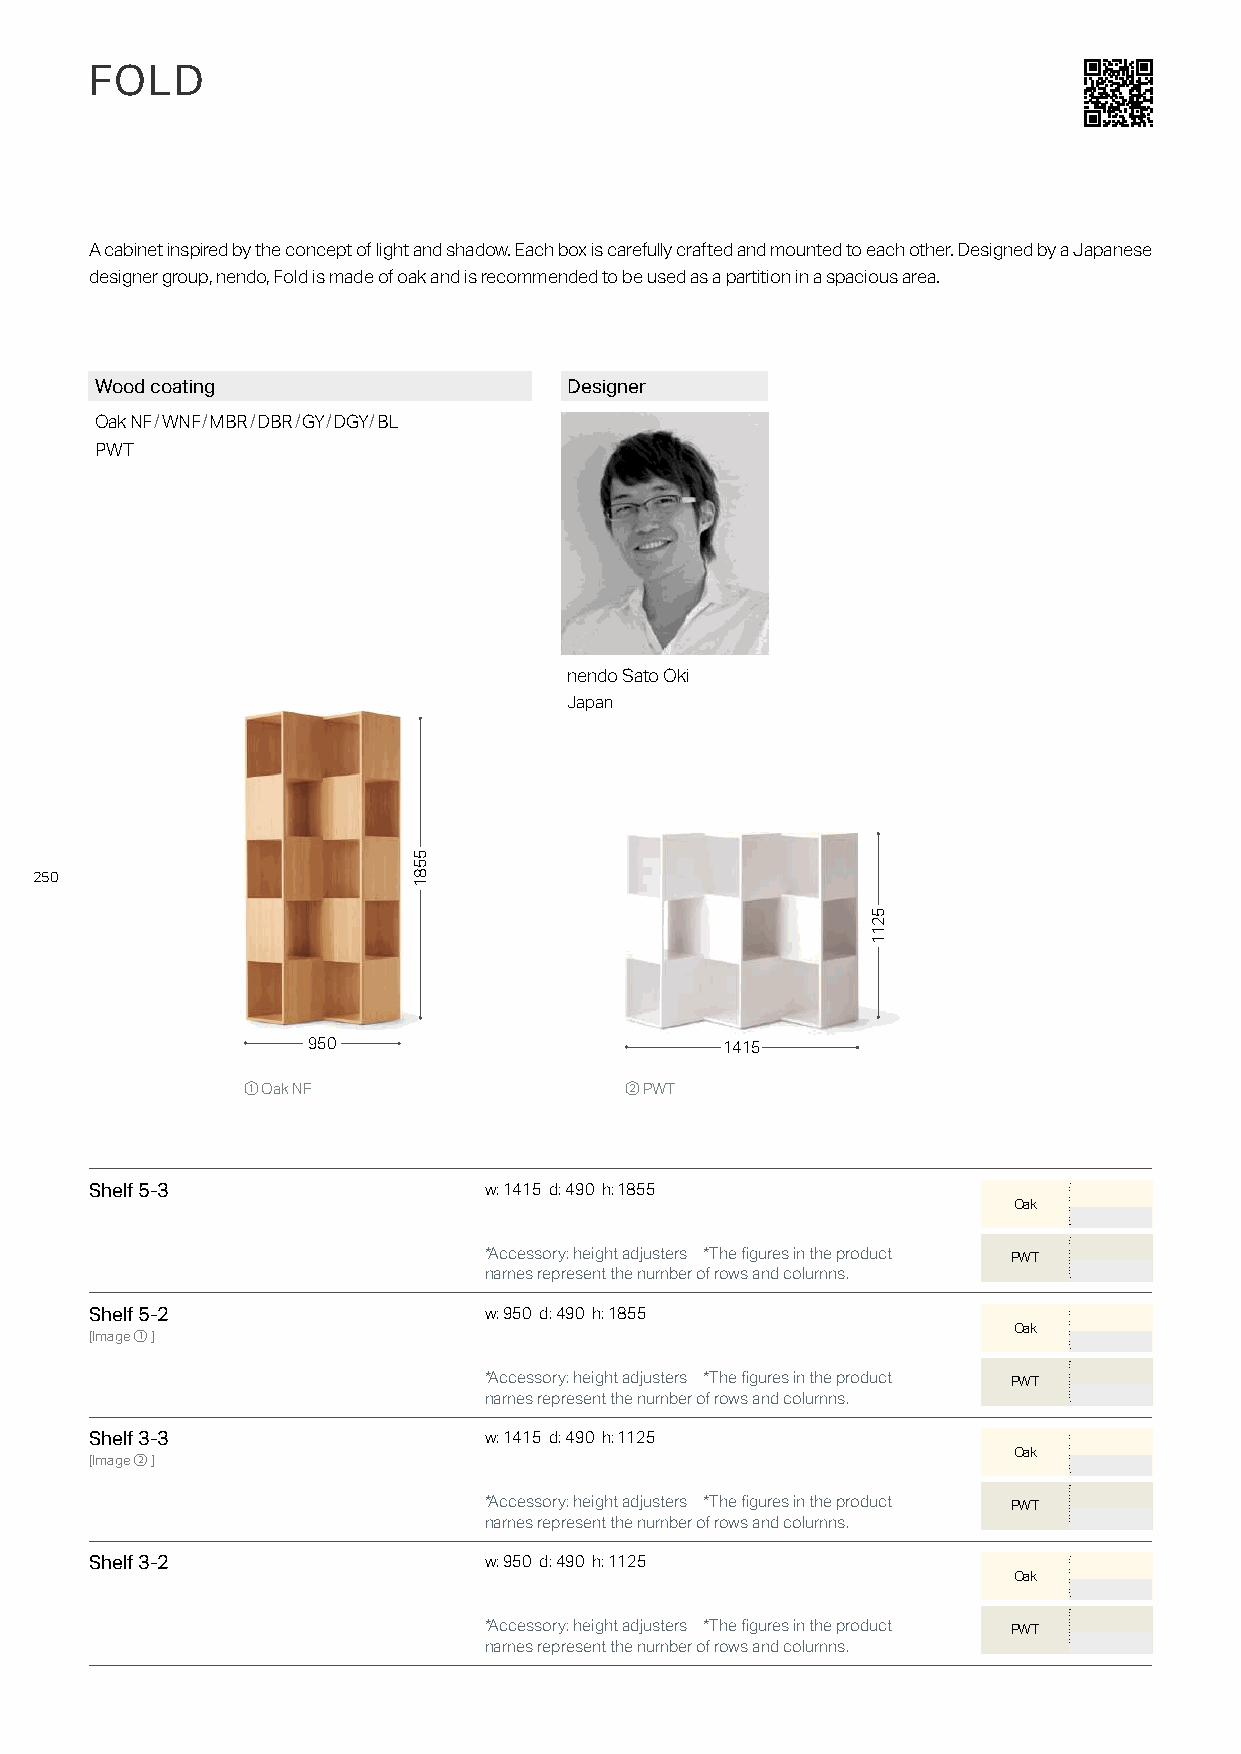
FOLD
 A cabinet inspired by the concept of light and shadow. Each box is carefully crafted and mounted to each other. Designed by a Japanese
 designer group, nendo, Fold is made of oak and is recommended to be used as a partition in a spacious area.
 Wood coating                    Designer
 Oak NF/WNF/MBR/DBR/GY/DGY/BL
 PWT
 nendo Sato Oki
 Japan
 250
 950                         1415
 ① Oak NF                 ② PWT
 Shelf 5-3                 w: 1415 d: 490 h: 1855
 Oak
 *Accessory: height adjusters *The figures in the product PWT
 names represent the number of rows and columns.
 Shelf 5-2                 w: 950 d: 490 h: 1855
 Oak
 [Image①]
 *Accessory: height adjusters *The figures in the product PWT
 names represent the number of rows and columns.
 Shelf 3-3                 w: 1415 d: 490 h: 1125
 Oak
 [Image②]
 *Accessory: height adjusters *The figures in the product PWT
 names represent the number of rows and columns.
 Shelf 3-2                 w: 950 d: 490 h: 1125
 Oak
 *Accessory: height adjusters *The figures in the product PWT
 names represent the number of rows and columns.
 5581
 5211